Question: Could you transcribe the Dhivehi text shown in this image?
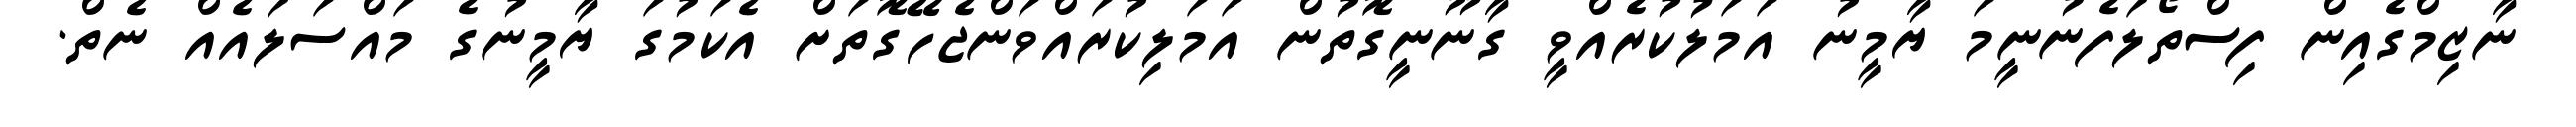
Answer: ނާޒިމްގެއިން ފިސްތޯލަފެނުނީމަ ޔާމީނު އަމަލުކުރެއްވީ ގާނޫނީގޮތުން އަމަލިކުރައްވަންޖެހޭގޮތަށް އެކަމުގަ ޔާމީނުގެ މައްސަލައެއް ނެތް.